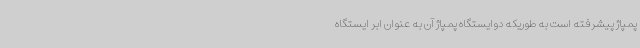
پمپاژ پیشرفته است به طوریکه دوایستگاه پمپاژ آن به عنوان ابر ایستگاه